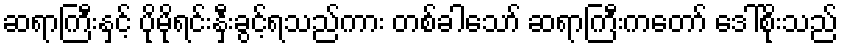
ဆရာကြီးနှင့် ပိုမိုရင်းနှီးခွင့်ရသည်ကား တစ်ခါသော် ဆရာကြီးကတော် ဒေါ်စိုးသည်